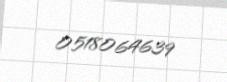
0518064639